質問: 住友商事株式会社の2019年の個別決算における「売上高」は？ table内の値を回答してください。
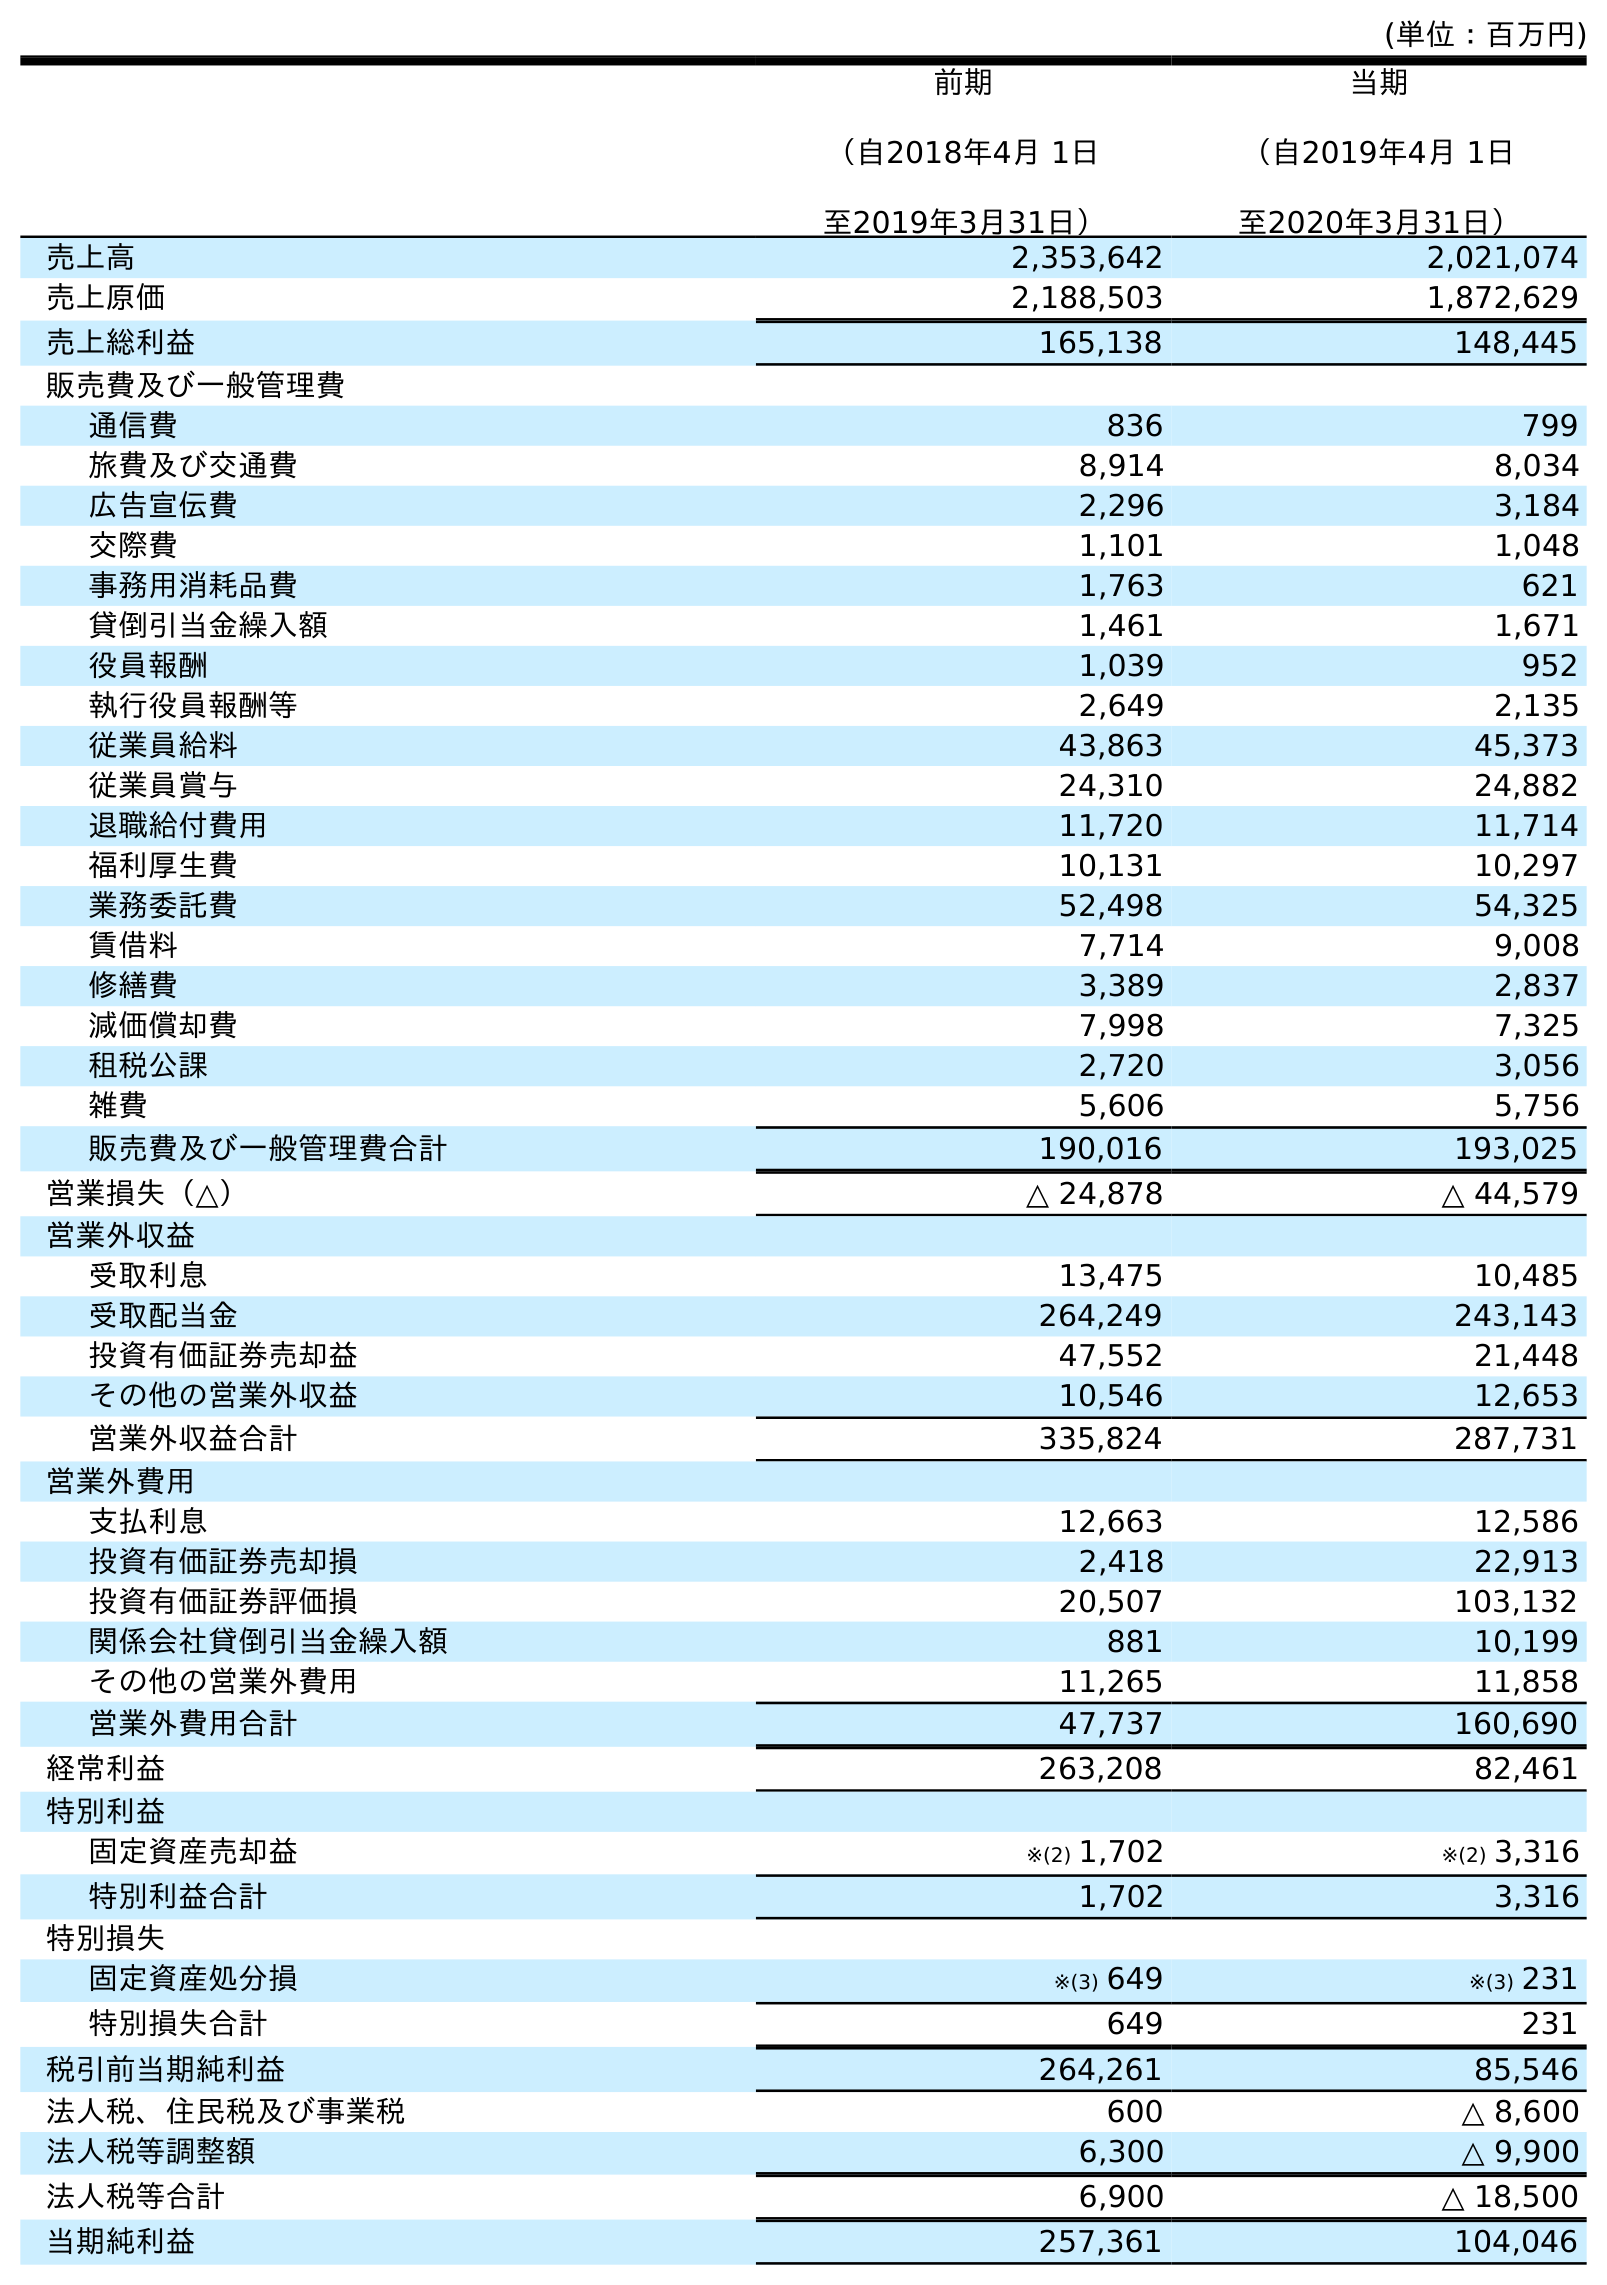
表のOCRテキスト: (単位：百万円) 前期 （自2018年4月 1日 至2019年3月31日） 当期 （自2019年4月 1日 至2020年3月31日） 売上高 2,353,642 2,021,074 売上原価 2,188,503 1,872,629 売上総利益 165,138 148,445 販売費及び一般管理費 通信費 836 799 旅費及び交通費 8,914 8,034 広告宣伝費 2,296 3,184 交際費 1,101 1,048 事務用消耗品費 1,763 621 貸倒引当金繰入額 1,461 1,671 役員報酬 1,039 952 執行役員報酬等 2,649 2,135 従業員給料 43,863 45,373 従業員賞与 24,310 24,882 退職給付費用 11,720 11,714 福利厚生費 10,131 10,297 業務委託費 52,498 54,325 賃借料 7,714 9,008 修繕費 3,389 2,837 減価償却費 7,998 7,325 租税公課 2,720 3,056 雑費 5,606 5,756 販売費及び一般管理費合計 190,016 193,025 営業損失（△） △ 24,878 △ 44,579 営業外収益 受取利息 13,475 10,485 受取配当金 264,249 243,143 投資有価証券売却益 47,552 21,448 その他の営業外収益 10,546 12,653 営業外収益合計 335,824 287,731 営業外費用 支払利息 12,663 12,586 投資有価証券売却損 2,418 22,913 投資有価証券評価損 20,507 103,132 関係会社貸倒引当金繰入額 881 10,199 その他の営業外費用 11,265 11,858 営業外費用合計 47,737 160,690 経常利益 263,208 82,461 特別利益 固定資産売却益 ※(2) 1,702 ※(2) 3,316 特別利益合計 1,702 3,316 特別損失 固定資産処分損 ※(3) 649 ※(3) 231 特別損失合計 649 231 税引前当期純利益 264,261 85,546 法人税、住民税及び事業税 600 △ 8,600 法人税等調整額 6,300 △ 9,900 法人税等合計 6,900 △ 18,500 当期純利益 257,361 104,046
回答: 2,353,642